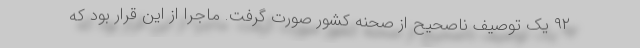
۹۲ یک توصیف ناصحیح از صحنه کشور صورت گرفت. ماجرا از این قرار بود که